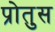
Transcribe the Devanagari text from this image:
प्रोतुस